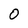
Character: 0